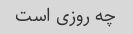
چه روزی است